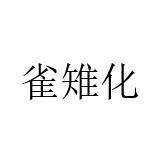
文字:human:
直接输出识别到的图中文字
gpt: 雀雉化